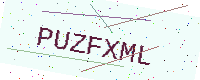
Text: PUZFXML